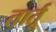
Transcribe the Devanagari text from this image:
तार्तू